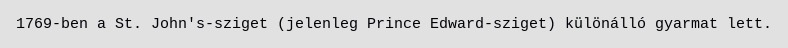
1769-ben a St. John's-sziget (jelenleg Prince Edward-sziget) különálló gyarmat lett.